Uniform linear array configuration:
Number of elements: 12
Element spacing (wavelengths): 0.5
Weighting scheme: hamming
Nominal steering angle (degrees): -15
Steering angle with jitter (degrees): -14.335
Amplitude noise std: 0.05
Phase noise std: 0.05

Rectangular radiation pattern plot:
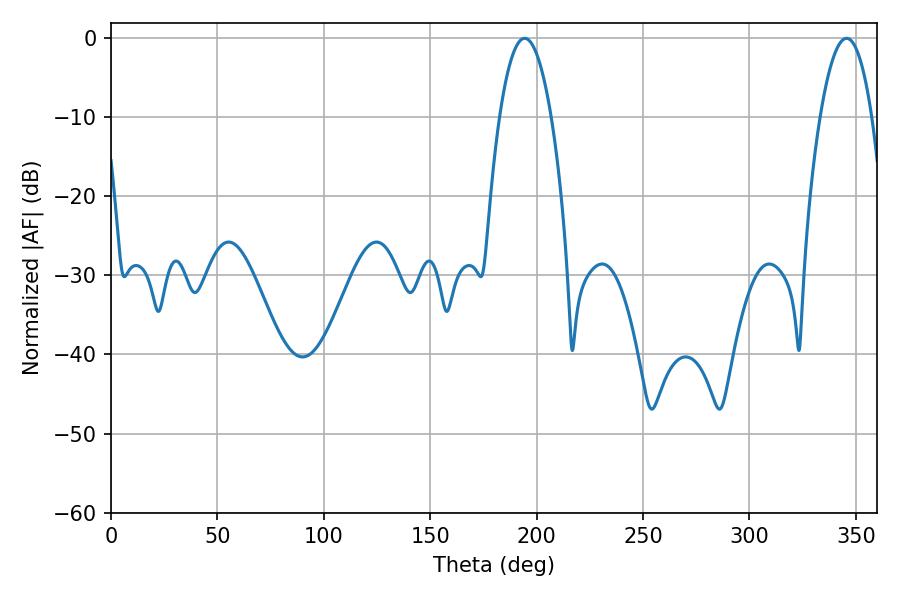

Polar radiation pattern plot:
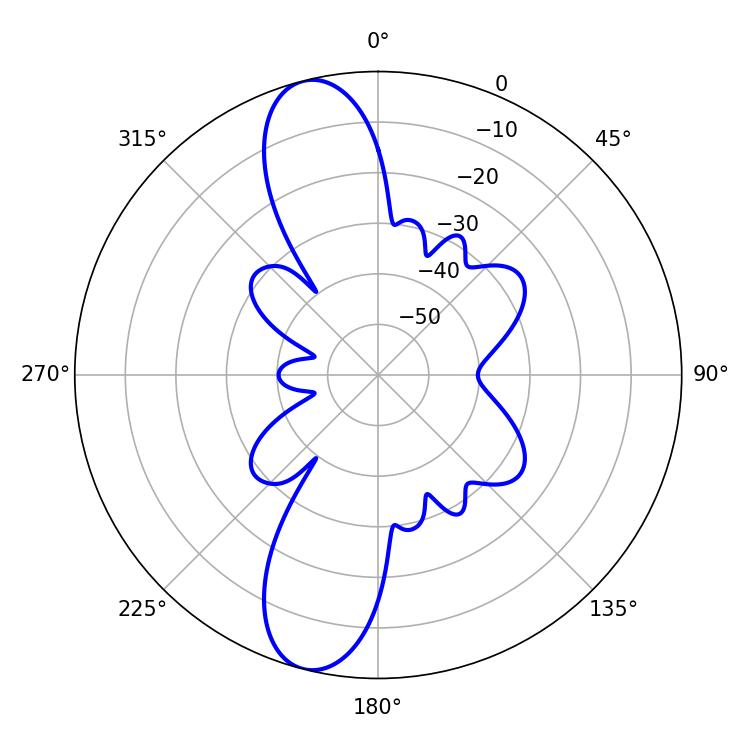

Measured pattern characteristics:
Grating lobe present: FALSE
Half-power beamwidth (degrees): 13.5
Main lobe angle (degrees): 194.4